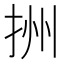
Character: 𢫧